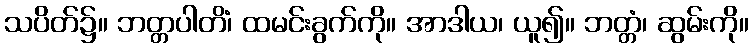
သပိတ်၌။ ဘတ္တပါတိံ၊ ထမင်းခွက်ကို။ အာဒါယ၊ ယူ၍။ ဘတ္တံ၊ ဆွမ်းကို။